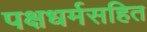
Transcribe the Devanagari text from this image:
पक्षधर्मसहित